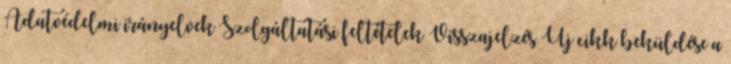
Adatvédelmi irányelvek Szolgáltatási feltételek Visszajelzés Új cikk beküldése a